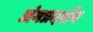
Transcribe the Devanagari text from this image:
अंगप्रदर्शन